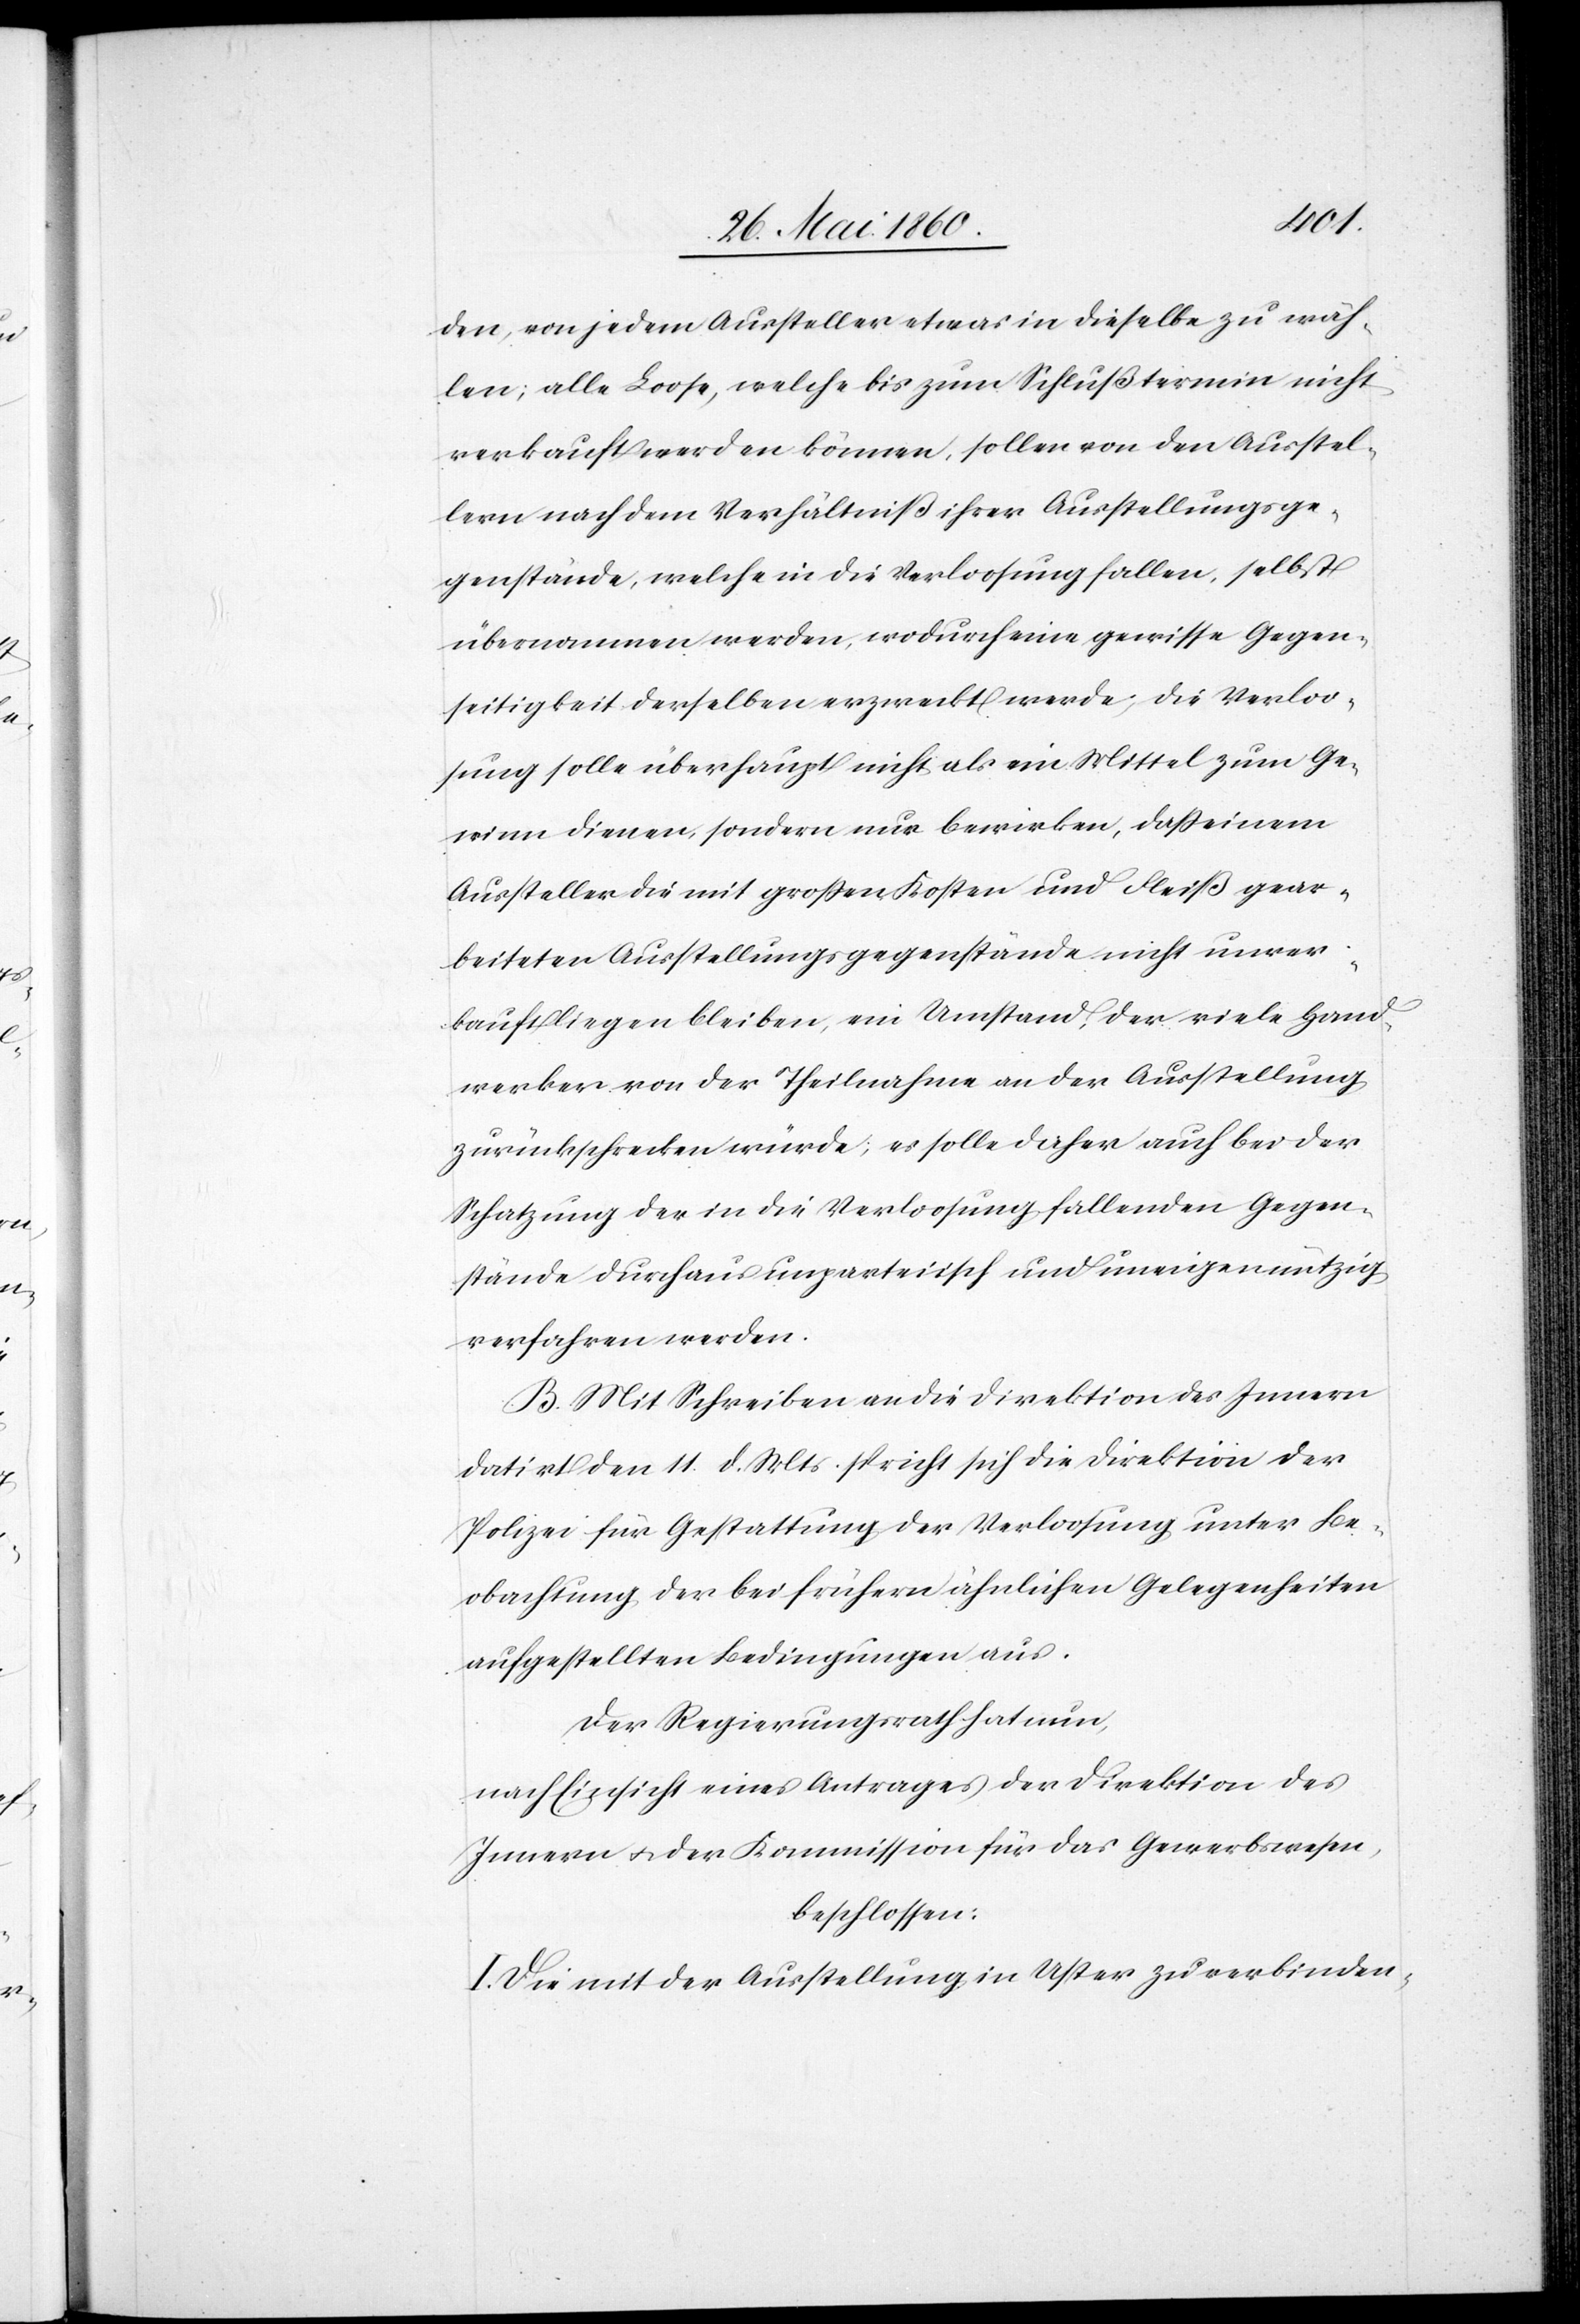
den, von jedem Aussteller etwas in dieselbe zu wäh¬
len; alle Loose, welche bis zum Schlußtermin nicht
verkauft werden können, sollen von den Ausstel¬
lern nach dem Verhältniss ihrer Ausstellungsge¬
genstände, welche in die Verloosung fallen, selbst
übernommen werden, wodurch eine gewisse Gegen¬
seitigkeit derselben erzweckt werde; die Verloo¬
sung solle überhaupt nicht als ein Mittel zum Ge¬
winn dienen, sondern nur bewirken, dass einem
Aussteller die mit grossen Kosten und Fleiß gear¬
beiteten Ausstellungsgegenstände nicht unver¬
kauft liegen bleiben, ein Umstand, der viele Hand¬
werker von der Theilnahme an der Ausstellung
zurückschrecken würde; es solle daher auch bei der
Schatzung der in die Verloosung fallenden Gegen¬
stände durchaus unparteiisch und uneigennützig
verfahren werden.
B. Mit Schreiben an die Direktion des Innern
datirt den 11. d. Mts. spricht sich die Direktion der
Polizei für Gestattung der Verloosung unter Be¬
obachtung der bei frühern ähnlichen Gelegenheiten
aufgestellten Bedingungen aus.
Der Regierungsrath hat nun,
nach Einsicht eines Antrages der Direktion des
Innern u. der Kommission für das Gewerbswesen,
beschlossen:
I. Die mit der Ausstellung in Uster zu verbinden-